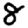
Digit: 8